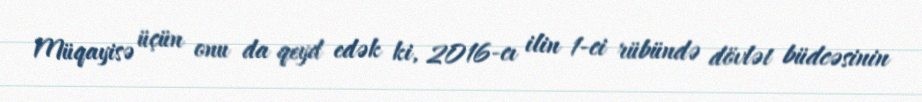
Müqayisə üçün onu da qeyd edək ki, 2016-cı ilin 1-ci rübündə dövlət büdcəsinin